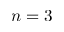
n = 3